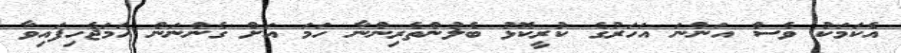
އެކަމަކު ވެސް އަންނަ އަހަރުގެ ކުރީކޮޅު ބެލުންތެރިންނާ ހަމަ އަށް ގެންނަން ހަމަޖެހިފައިވާ